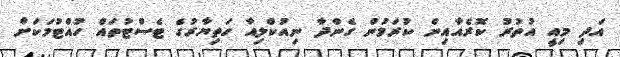
އަދި މިއީ އުތުރުު ކޮރެއާއިން ކުރަމުން ގެންދާ ނިއުކްލިއާ ހަތިޔާރުގެ ޓެސްޓުތައް ހުއްޓުމަކަށް